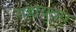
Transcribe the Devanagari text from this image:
महायुद्ध्